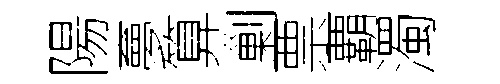
陽夣算剿票覇濁